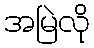
အမြဲလို